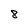
Character: 8